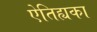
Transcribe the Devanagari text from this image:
ऐतिह्यका